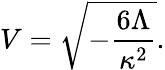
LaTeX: V=\sqrt{-\frac{6\Lambda}{\kappa^{2}}}.